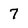
Character: 7